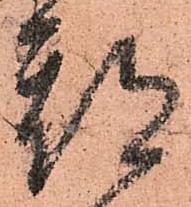
期